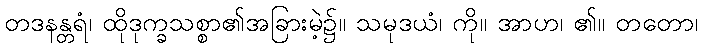
တဒနန္တရံ၊ ထိုဒုက္ခသစ္စာ၏အခြားမဲ့၌။ သမုဒယံ၊ ကို။ အာဟ၊ ၏။ တတော၊